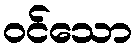
ဝင်သော